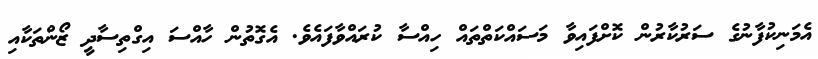
އެމަނިކުފާނުގެ ސަރުކާރުން ކޮށްފައިވާ މަސައްކަތްތައް ހިއްސާ ކުރައްވާފައެވެ. އެގޮތުން ހާއްސަ އިގްތިސާދީ ޒޯންތަކާއި